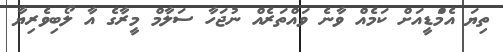
ތިޔަ އެމްަޑީއަށް ކަމެއް ވާނެ ވައްތަރެއް ނުޖަހާ ސަލާމް މީރާގެ އާ ލޯބިވެރިޔާ